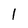
Character: l